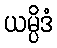
ယမ္ပိဒံ